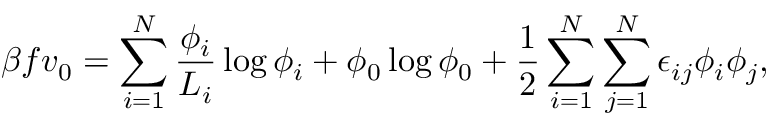
\beta f v _ { 0 } = \sum _ { i = 1 } ^ { N } \frac { \phi _ { i } } { L _ { i } } \log \phi _ { i } + \phi _ { 0 } \log \phi _ { 0 } + \frac { 1 } { 2 } \sum _ { i = 1 } ^ { N } \sum _ { j = 1 } ^ { N } \epsilon _ { i j } \phi _ { i } \phi _ { j } ,